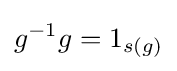
g^{-1}g=1_{s(g)}